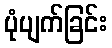
ပုံပျက်ခြင်း